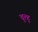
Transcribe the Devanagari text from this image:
चुल्हू